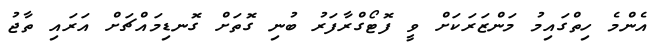
އެންމެ ހިތްގައިމު މަންޒަރަކަށް ވީ ފޮޓޯގްރާފަރު ބުނި ގޮތަށް ގޮނޑިމައްޗަށް އަރައި ތާޖު